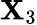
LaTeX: \mathbf{X}_{3}